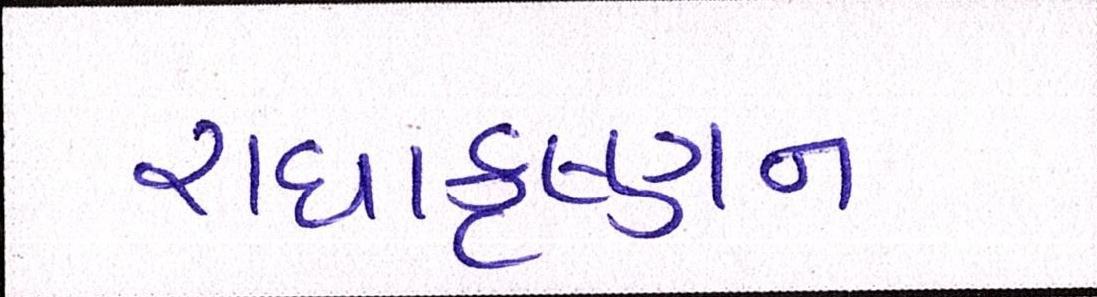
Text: રાધાકૃષ્ણન